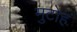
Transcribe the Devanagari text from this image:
मुटोह